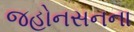
જહોનસનના